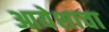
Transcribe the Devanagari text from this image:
आयेशाचा